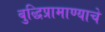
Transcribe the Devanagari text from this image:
बुद्धिप्रामाण्याचे